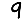
Digit: 9